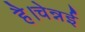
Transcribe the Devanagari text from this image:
है।चेन्नई